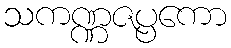
သကဏ္ဏဇပ္ပကော